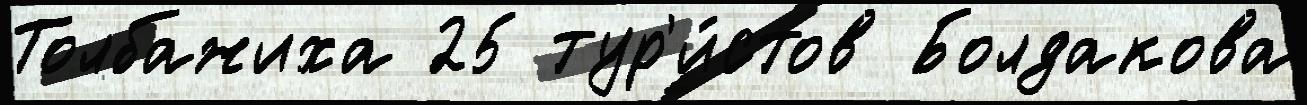
Толбажиха 25 тур'и́стов Болдакова